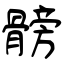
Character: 髈